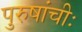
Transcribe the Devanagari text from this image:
पुरुषांचीः